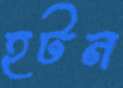
হটন